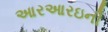
આરઆરઇની